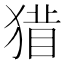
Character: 𱮓